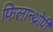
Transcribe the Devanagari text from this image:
फिलान्थ्रोपी